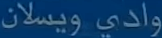
وادي ويسلان